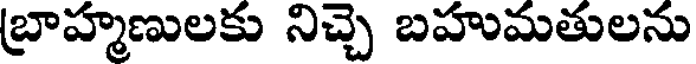
బ్రాహ్మణులకు నిచ్చె బహుమతులను